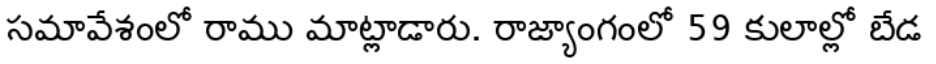
సమావేశంలో రాము మాట్లాడారు. రాజ్యాంగంలో 59 కులాల్లో బేడ